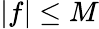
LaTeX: |f|\leq{M}